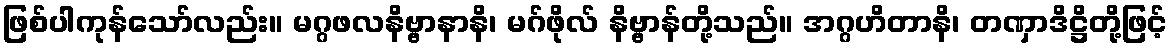
ဖြစ်ပါကုန်သော်လည်း။ မဂ္ဂဖလနိဗ္ဗာနာနိ၊ မဂ်ဖိုလ် နိဗ္ဗာန်တို့သည်။ အဂ္ဂဟိတာနိ၊ တဏှာဒိဋ္ဌိတို့ဖြင့်